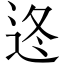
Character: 𨒟